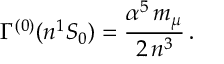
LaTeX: \Gamma ^ { ( 0 ) } ( n { ^ 1 } S _ { 0 } ) = \frac { \alpha ^ { 5 } \, m _ { \mu } } { 2 \, n ^ { 3 } } \, .